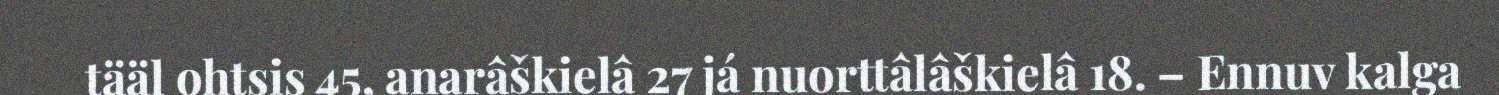
tääl ohtsis 45, anarâškielâ 27 já nuorttâlâškielâ 18. – Ennuv kalga